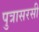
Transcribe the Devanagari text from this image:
पुत्रासरसी